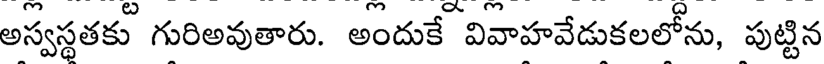
అస్వస్థతకు గురిఅవుతారు. అందుకే వివాహవేడుకలలోను, పుట్టిన